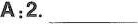
A:2. ___